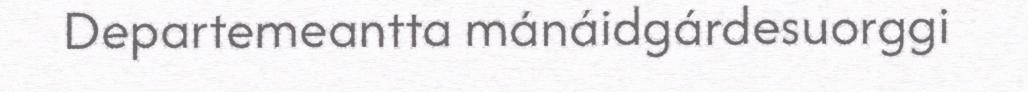
Departemeantta mánáidgárdesuorggi